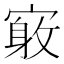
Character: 𪧤